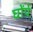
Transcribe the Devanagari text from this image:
घोंपे